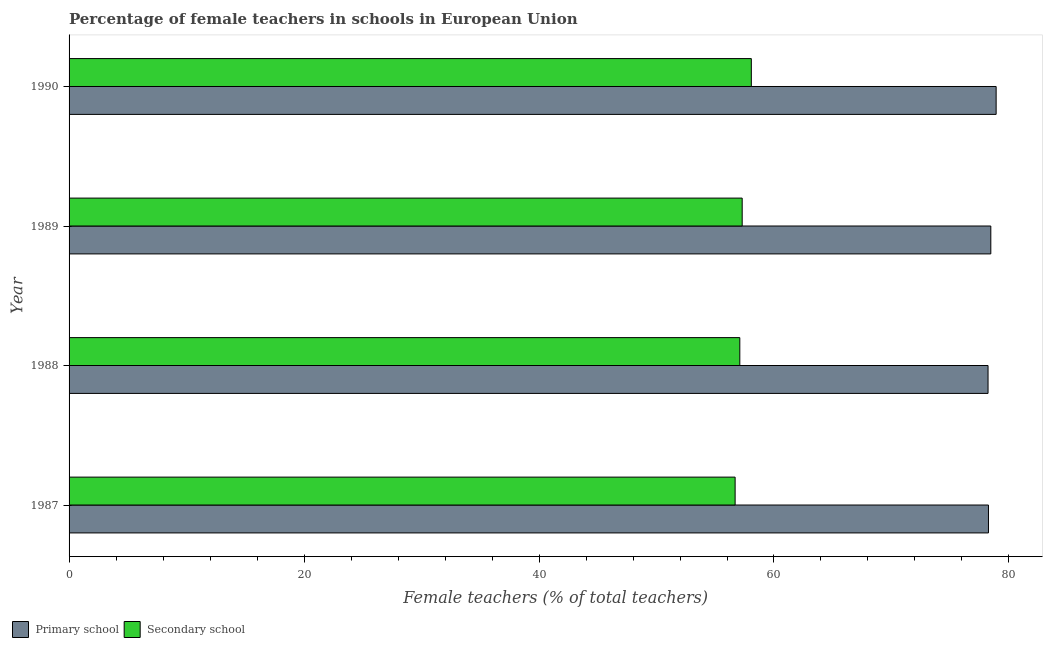
| Year | Primary school | Secondary school |
 | --- | --- | --- |
 | 1987 | 78.3 | 56.7 |
 | 1988 | 78.2 | 57.1 |
 | 1989 | 78.5 | 57.3 |
 | 1990 | 78.9 | 58.1 |